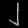
Digit: ၂